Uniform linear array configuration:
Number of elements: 48
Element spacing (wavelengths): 0.75
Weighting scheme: binomial
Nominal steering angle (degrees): -60
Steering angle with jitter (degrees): -58.655
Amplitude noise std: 0.05
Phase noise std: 0.05

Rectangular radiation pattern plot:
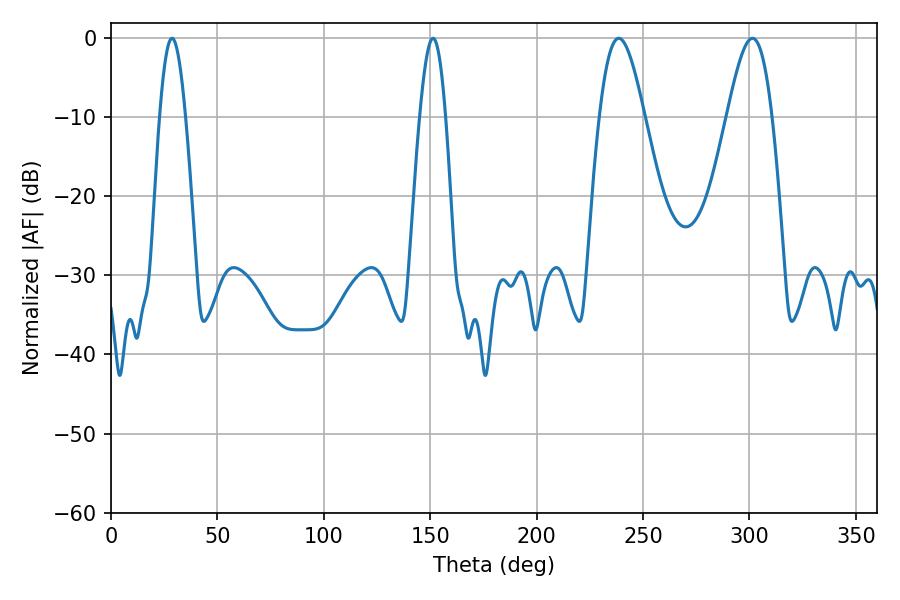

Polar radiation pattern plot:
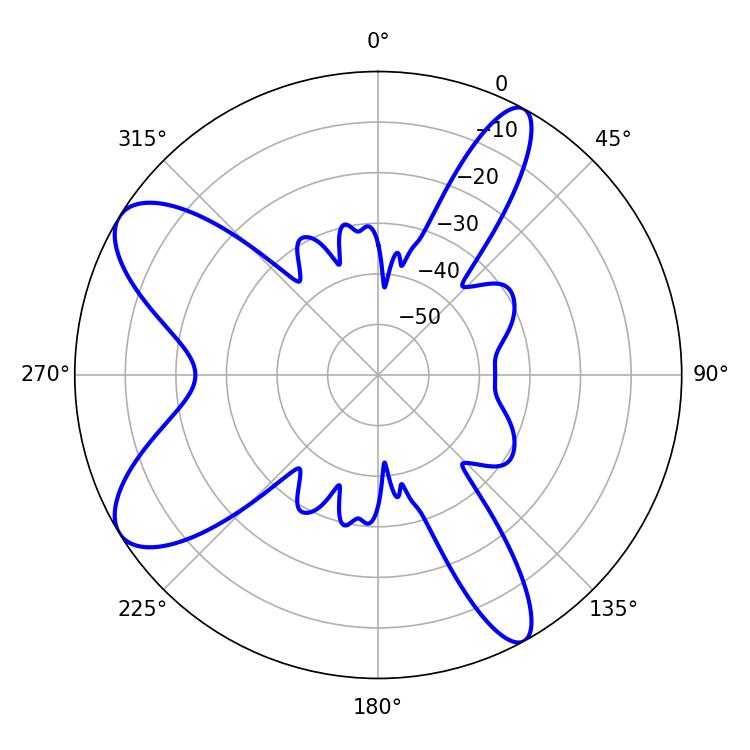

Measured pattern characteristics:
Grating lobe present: TRUE
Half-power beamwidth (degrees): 11.16
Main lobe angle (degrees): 238.5